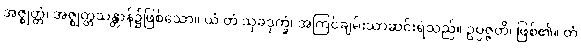
အဇ္ဈတ္တံ၊ အဇ္ဈတ္တသန္တာန်၌ဖြစ်သော။ ယံ တံ သုခဒုက္ခံ၊ အကြင်ချမ်းသာဆင်းရဲသည်။ ဥပ္ပဇ္ဇတိ၊ ဖြစ်၏။ တံ